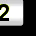
Digit: 2